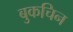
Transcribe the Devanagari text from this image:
बुकचिन